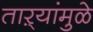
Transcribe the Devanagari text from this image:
ताऱ्यांमुळे